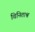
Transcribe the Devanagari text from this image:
विनिताश्व